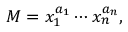
M = x _ { 1 } ^ { a _ { 1 } } \cdots x _ { n } ^ { a _ { n } } ,